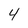
Character: 4